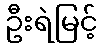
ဦးရဲမြင့်